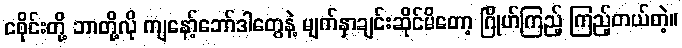
ငစိုင်းတို့ ဘာတို့လို ကျနော့်ဘော်ဒါတွေနဲ့ မျက်နှာချင်းဆိုင်မိတော့ ဂြိုဟ်ကြည့် ကြည့်တယ်တဲ့။